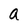
Character: a